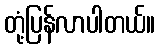
တုံ့ပြန်လာပါတယ်။